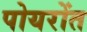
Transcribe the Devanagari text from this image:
पोयरोंत